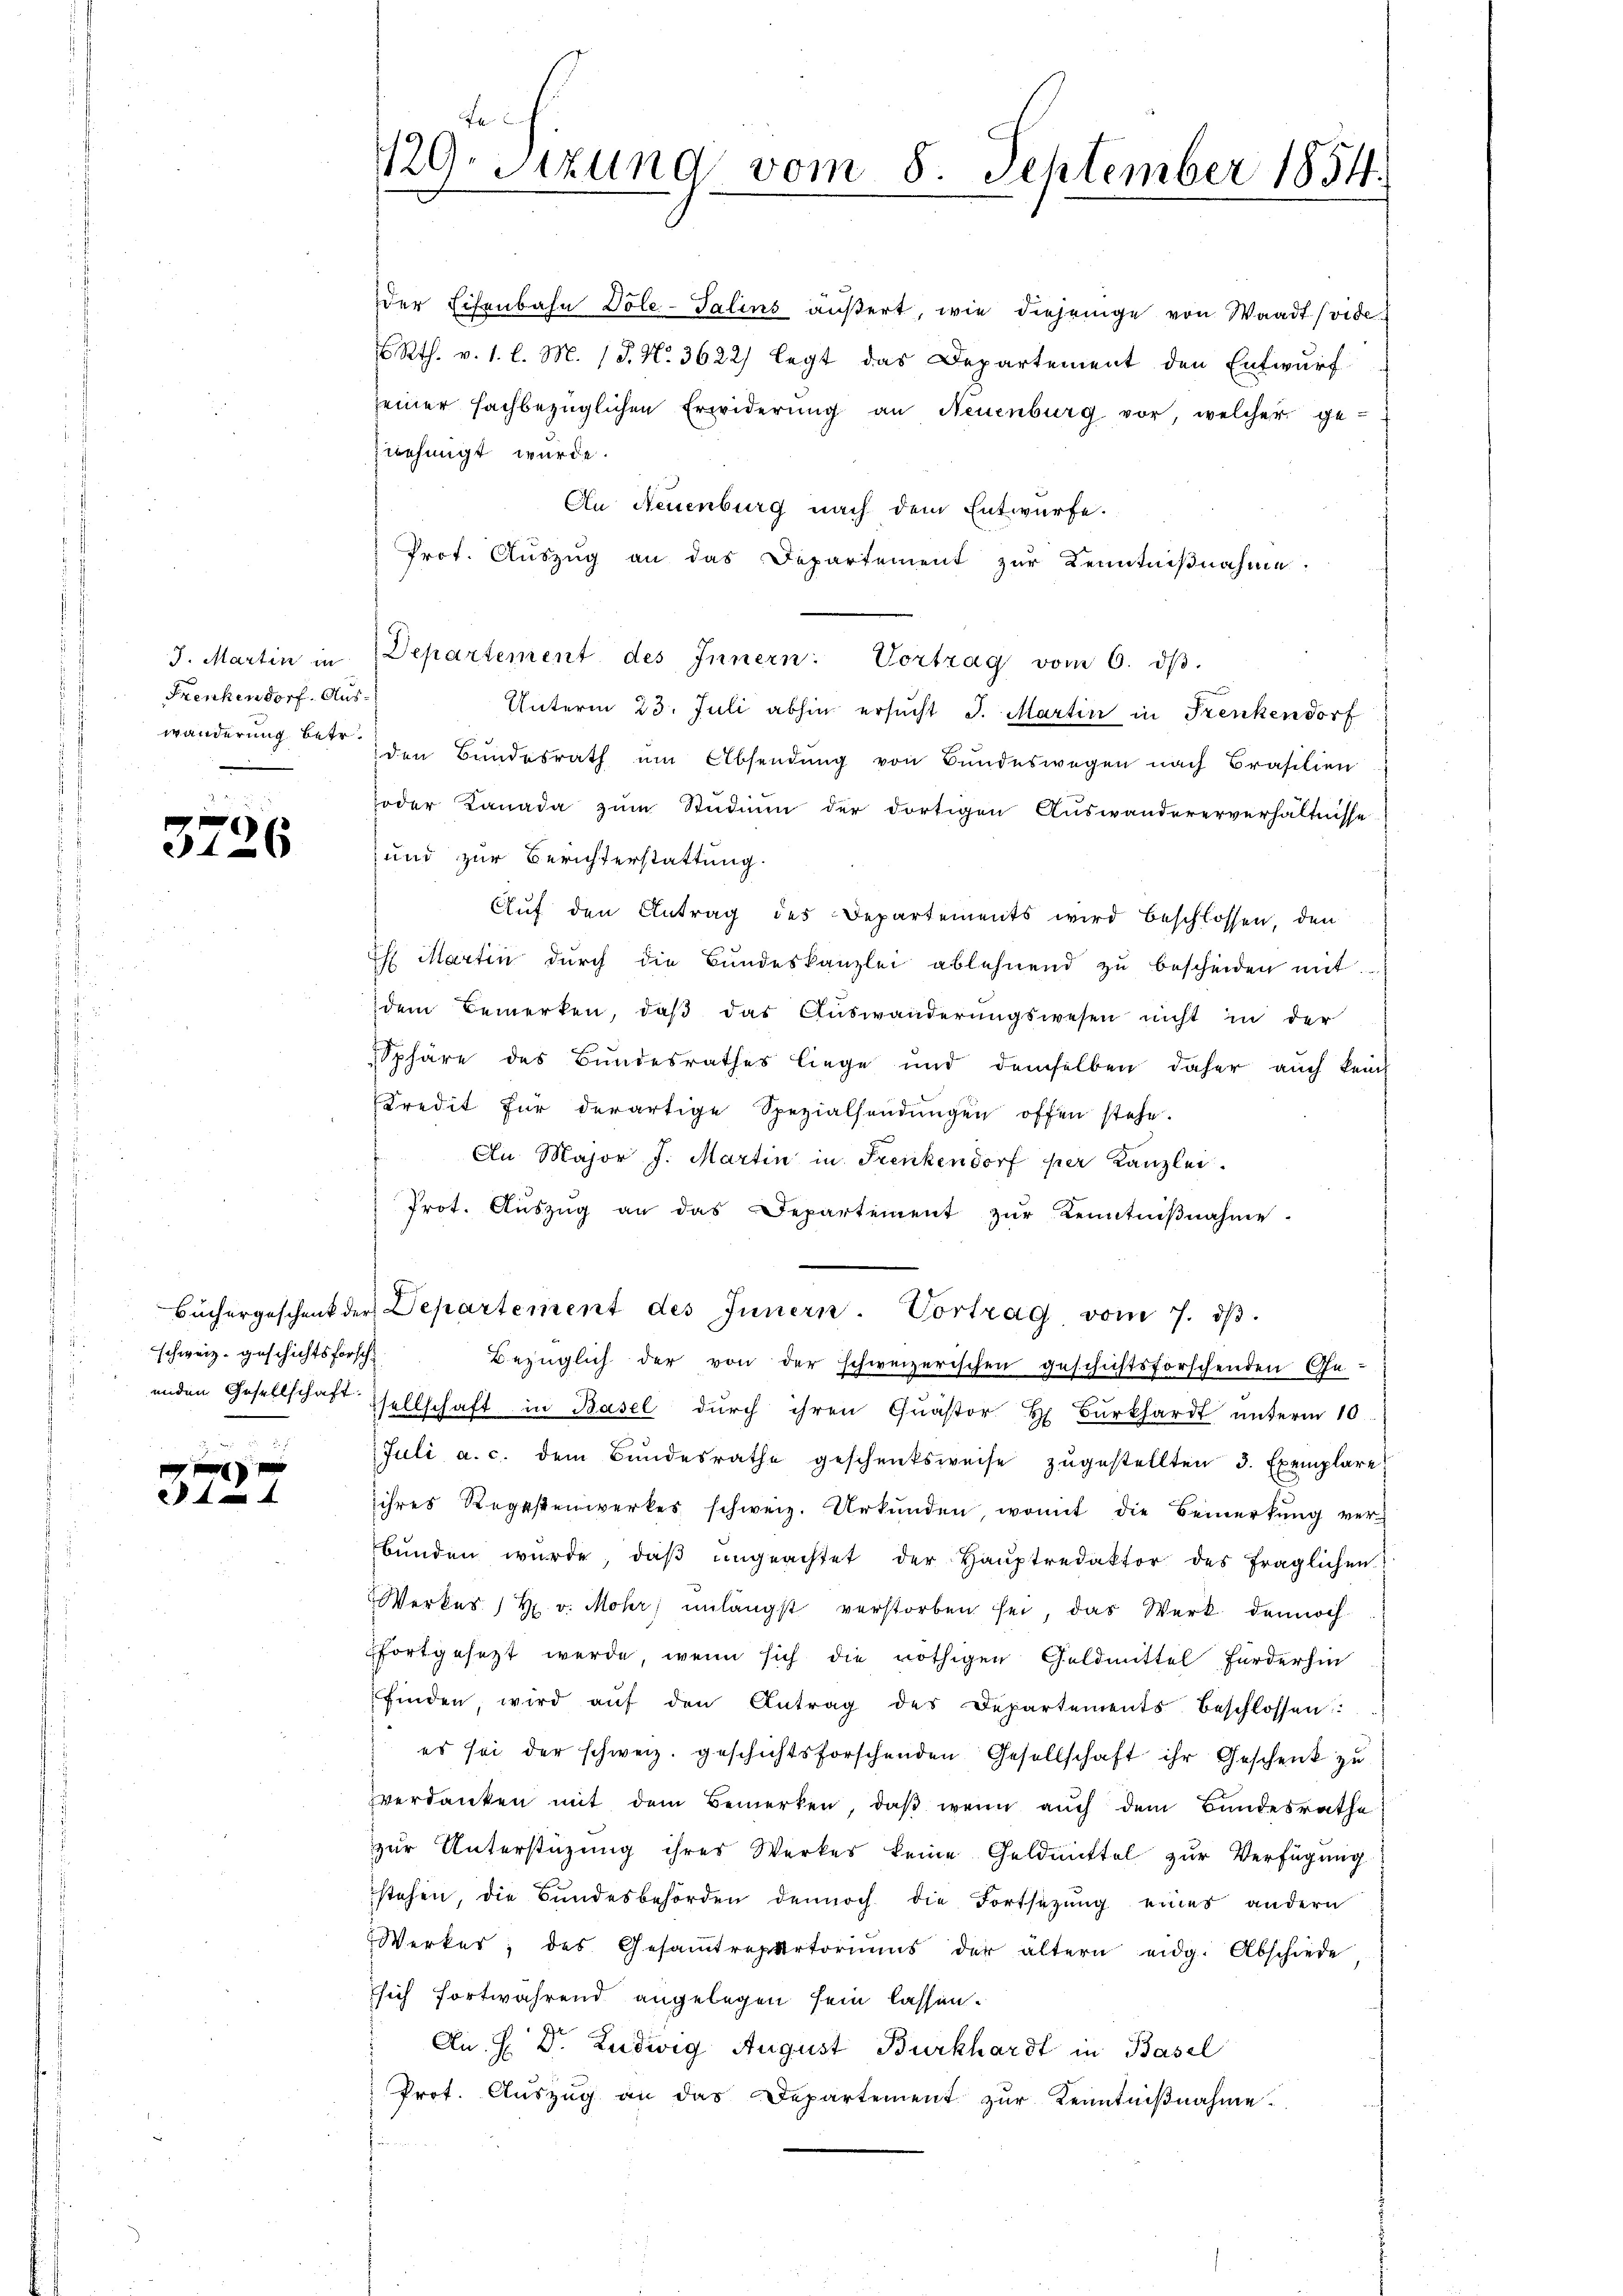
J. Martin in
Frenkendorf. Aus¬

37.

37

26

schweiz. geschichtsforsch
inden Gesellschaft.

.

129. Sitzung vom 8. September 1854.

der Eisenbahn Döle-Talins äußert, wie diejenige von Waadt (vide
 Rth. v. 1. l. M. (T. N. 3622) legt das Departement den Entwurf
seiner fachbezüglichen Erwiderŭng an Neuenburg vor, welcher ge-
zwehingt wurde.
An Neuenburg nach dem Entwürfe.
Prot. Auszug an das Departement zur Kenntnißnahme.
Unterm 23. Juli abhin ersucht J. Martin in Frenkendorf
wänderung betr. den Bundesrath um Absendung von Bundeswegen nach Brasilien
oder Kanada zum Studium der dortigen Auswandererverhältnisse
und zur Berichterstattung.
Auf den Antrag des Departements wird beschlossen, den
h Martin dŭrch die Bŭndeskanzlei ablehnend zŭ bescheiden mit.
dem Bemerken, daβ das Aŭswänderŭngswesen nicht in der
Sphäre des Bundesrathes liege und demselben daher auch kein
Kredit für derartige Spezialfondŭngen offen stehe.
An Major J. Martin in Frenkendorf per Kanzlei.
Prot. Aŭszŭg an das Departement zŭr Kenntniβnahme.
Büchergeschenk der Departement des Innern. Vortrag, vom 7. dβ.
Bezüglich der von der schweizerischen geschichtsforschenden Ge
sellschaft in Basel durch ihren Quästor H Burkhardt unterm 10.
Juli a. c. dem Bŭndesrathe geschenksweise zŭgestellten 3. Exemplare
ihres Regestenwerkes schweiz. Urkunden, womit die Bemerkung verbŭnden würde, daβ ŭngeachtet der Haŭptredaktor des fraglichen
Werkes 12 v. Mohr unlängst verstorben sei, das Werk dennoch
fortgesetzt werde, wenn sich die nöthigen Geldmittel fürderhin
finden, wird aŭf den Antrag des Departements-Beschlossen
es sei der schweiz. geschichtsforschenden Gesellschaft ihr Geschenk zu
verdanken mit dem Bemerken, daβ wenn auch dem Bundesrathe
zur Unterstüzung ihres Werkes keine Geldmittel zur Verfügung
stehen, die Bundesbehörden dennoch die Fortsetzung eines andern
Werker, des Gesamtrepartoriŭms der ältern eidg. Abschiede
sich fortwährend angelegen sein lassen.
An H Dr. Ludwig August Burkhardt in Basel
Prot. Auszug an das Departement zur Kenntnißnahme.

Departement des Innern: Vortrag vom 6. dβ.